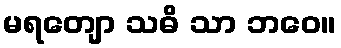
မရတျော သဓိ သာ ဘဝေ။